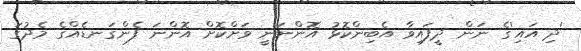
'ދި އައި'ގެ ނަން ދީފައިވާ އެބިންކޮޅު އޮންނަނީ ވަށްކޮށް އޮންނަ ފެންގަނޑެއްގެ މެދުގަ